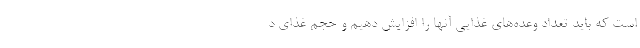
است که باید تعداد وعده‌های غذایی آنها را افزایش دهیم و حجم غذای د